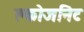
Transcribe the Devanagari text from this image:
क्लोजनिट